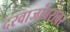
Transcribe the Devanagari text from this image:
दरवाजांबरोबर